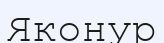
Яконур